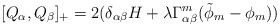
\begin{align*}[Q_{\alpha}, Q_{\beta}]_{+} = 2(\delta_{\alpha \beta} H + \lambda \Gamma^{m}_{\alpha \beta} (\tilde{\phi}_{m} - \phi_{m} )) \end{align*}